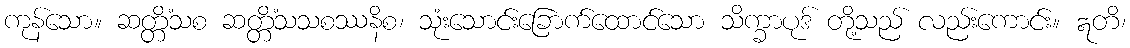
ကုန်သော။ ဆတ္တိံသစ ဆတ္တိံသသစဿနိစ၊ သုံးသောင်းခြောက်ထောင်သော သိက္ခာပုဒ် တို့သည် လည်းကောင်း။ ဣတိ၊